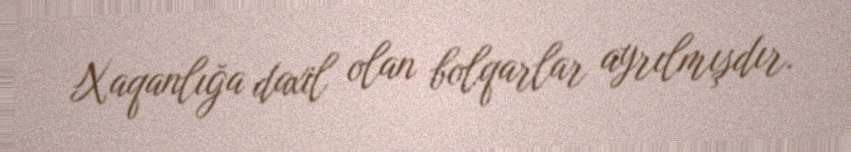
Xaqanlığa daxil olan bolqarlar ayrılmışdır.